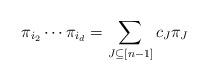
LaTeX: \begin{align*} \pi_{i_2}\cdots \pi_{i_d}= \sum_{J\subseteq[n-1]} c_{J} \pi_J \end{align*}